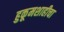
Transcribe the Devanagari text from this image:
हुकूमशाहीचा